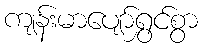
ကျန်းမာပျော်ရွှင်စွာ